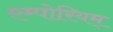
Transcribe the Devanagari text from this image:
एम्पोरियम्